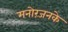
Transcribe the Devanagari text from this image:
मनोरंजनके